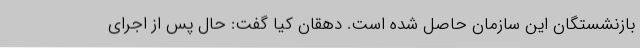
بازنشستگان این سازمان حاصل شده است. دهقان کیا گفت: حال پس از اجرای